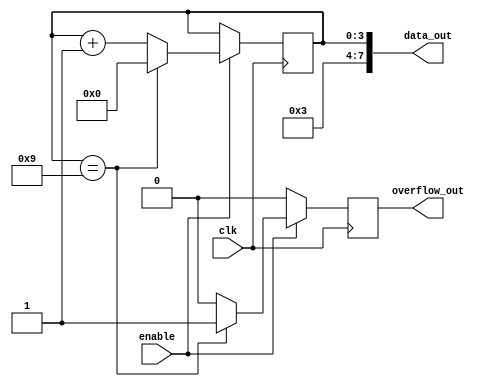
module digit(
    input wire clk,
    input wire enable,
    output wire [7:0] data_out,
    output wire overflow_out
);

reg [3:0] counter = 4'b0;
reg overflow =1'b0;

assign data_out = {4'h3, counter};
assign overflow_out = overflow;

always @(posedge clk) begin
    overflow <= 4'd0;

    if (enable) begin
        counter <= counter + 1'd1;

        if (counter == 4'd9) begin
            overflow <= 1'd1;
            counter <= 1'd0;
        end
    end
end

endmodule // digit